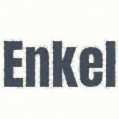
Enkel